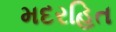
મદરહિત